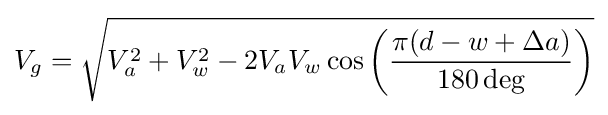
V_{g}={\sqrt {V_{a}^{2}+V_{w}^{2}-2V_{a}V_{w}\cos \left({\frac {\pi (d-w+\Delta a)}{180\deg }}\right)}}